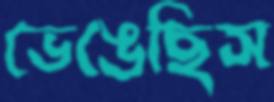
ভেঙেছিস